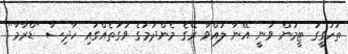
ތަހުގީގު ޓީމުން ވަނީ އޭނާ ލައްވާ ރޭގެ މެންދަމުގެ ވަގުތެއްގައި ހާދިސާ "ޑްރާމާ"